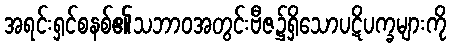
အရင်းရှင်စနစ်၏သဘာဝအတွင်းဗီဇ၌ရှိသောပဋိပက္ခများကို